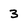
Character: 3